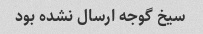
سیخ گوجه ارسال نشده بود